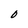
Character: 0